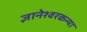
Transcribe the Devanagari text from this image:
ज्ञानेश्वरकन्या